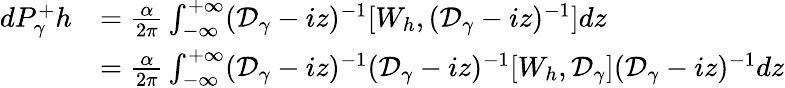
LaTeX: \begin{array}{rl}{dP_{\gamma}^{+}h}&{=\frac{\alpha}{2\pi}\int_{-\infty}^{+\infty}(\mathcal D_{\gamma}-iz)^{-1}[W_{h},(\mathcal D_{\gamma}-iz)^{-1}]dz}\\ &{=\frac{\alpha}{2\pi}\int_{-\infty}^{+\infty}(\mathcal D_{\gamma}-iz)^{-1}(\mathcal D_{\gamma}-iz)^{-1}[W_{h},\mathcal D_{\gamma}](\mathcal D_{\gamma}-iz)^{-1}dz}\end{array}